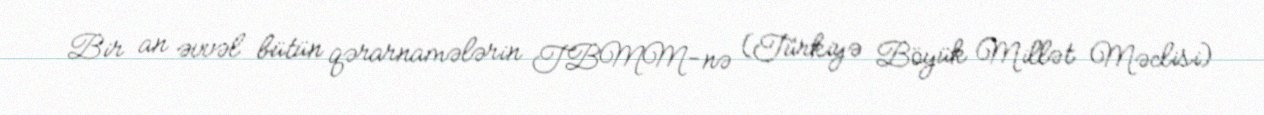
Bir an əvvəl bütün qərarnamələrin TBMM-nə (Türkiyə Böyük Millət Məclisi)